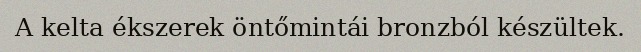
A kelta ékszerek öntőmintái bronzból készültek.